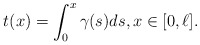
\begin{align*} t(x) = \int_0^x \gamma(s) ds, x \in [0,\ell].\end{align*}